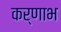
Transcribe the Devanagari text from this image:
कर्णाभ